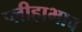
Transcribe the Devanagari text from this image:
प्लीहाभाव